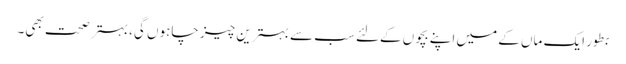
بطور ایک ماں کے میں اپنے بچوں کےلئے سب سے بہترین چیز چاہوں گی، بہتر صحت بھی۔